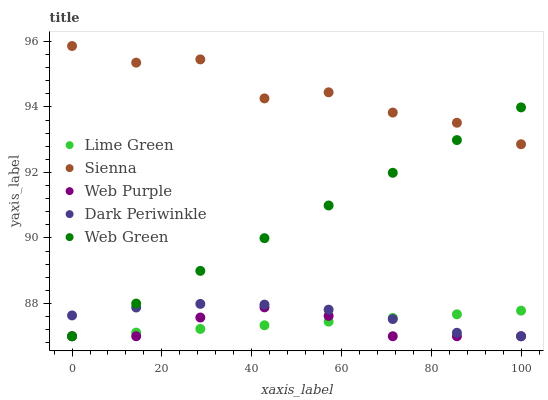
| xaxis_label | Lime Green | Sienna | Web Purple | Dark Periwinkle | Web Green |
 | --- | --- | --- | --- | --- | --- |
 | 0 | 87 | 95.9 | 87 | 87.6 | 87 |
 | 14.3 | 87.1 | 95.4 | 87 | 87.9 | 88 |
 | 28.6 | 87.2 | 95.5 | 87.6 | 88 | 89 |
 | 42.9 | 87.3 | 94.3 | 87.9 | 88 | 90 |
 | 57.1 | 87.4 | 94.4 | 87.6 | 87.8 | 91 |
 | 71.4 | 87.6 | 93.8 | 87 | 87.5 | 92 |
 | 85.7 | 87.7 | 93.5 | 87 | 87.1 | 93 |
 | 100 | 87.8 | 92.9 | 87 | 87 | 94 |